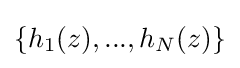
\left\{h_{1}(z),...,h_{N}(z)\right\}